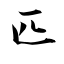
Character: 匹